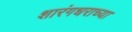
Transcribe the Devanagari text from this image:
शारंगधराच्या